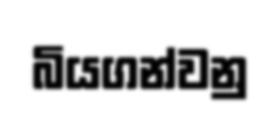
බියගන්වනු